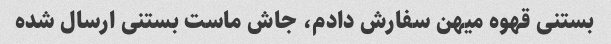
بستنی قهوه میهن سفارش دادم، جاش ماست بستنی ارسال شده